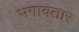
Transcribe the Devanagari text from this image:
भगावतार